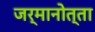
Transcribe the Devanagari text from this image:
जर्मानोत्ता